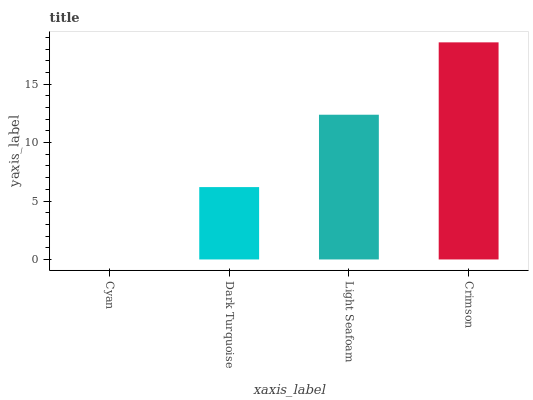
| xaxis_label | bars |
 | --- | --- |
 | Cyan | 0 |
 | Dark Turquoise | 6.19 |
 | Light Seafoam | 12.4 |
 | Crimson | 18.6 |